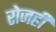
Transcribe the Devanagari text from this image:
रोजही